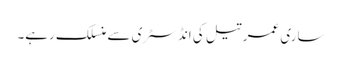
ساری عمر تیل کی انڈسٹری سے منسلک رہے۔